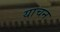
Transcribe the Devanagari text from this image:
याचन